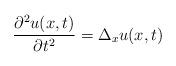
LaTeX: \begin{align*}\frac{\partial^{2} u(x,t)}{\partial t^{2}} = \Delta_{x}u(x,t)\end{align*}